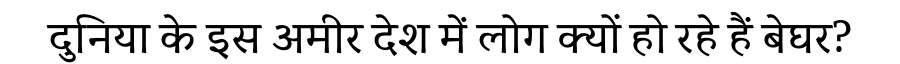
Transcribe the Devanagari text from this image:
दुनिया के इस अमीर देश में लोग क्यों हो रहे हैं बेघर?